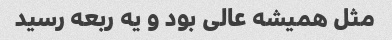
مثل همیشه عالی بود و یه ربعه رسید